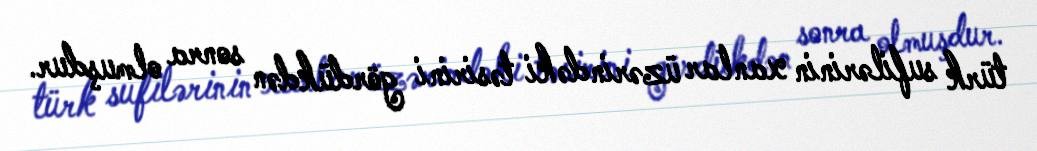
türk sufilərinin xanlar üzərindəki təsirini gördükdən sonra olmuşdur.